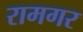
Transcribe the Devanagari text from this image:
रामगर